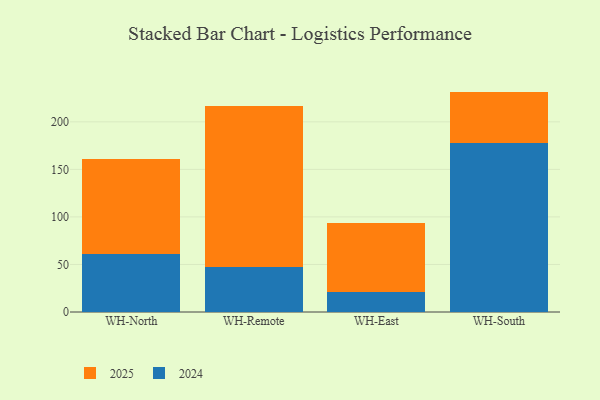
{"axis": {"x": "Warehouse", "y": "Operating Costs (USD K)"}, "legend": ["2024", "2025"], "data": [{"x": "WH-North", "y": 60.7, "type": "2024"}, {"x": "WH-North", "y": 99.8, "type": "2025"}, {"x": "WH-Remote", "y": 47.4, "type": "2024"}, {"x": "WH-Remote", "y": 169.5, "type": "2025"}, {"x": "WH-East", "y": 21.1, "type": "2024"}, {"x": "WH-East", "y": 73.0, "type": "2025"}, {"x": "WH-South", "y": 177.9, "type": "2024"}, {"x": "WH-South", "y": 53.9, "type": "2025"}]}